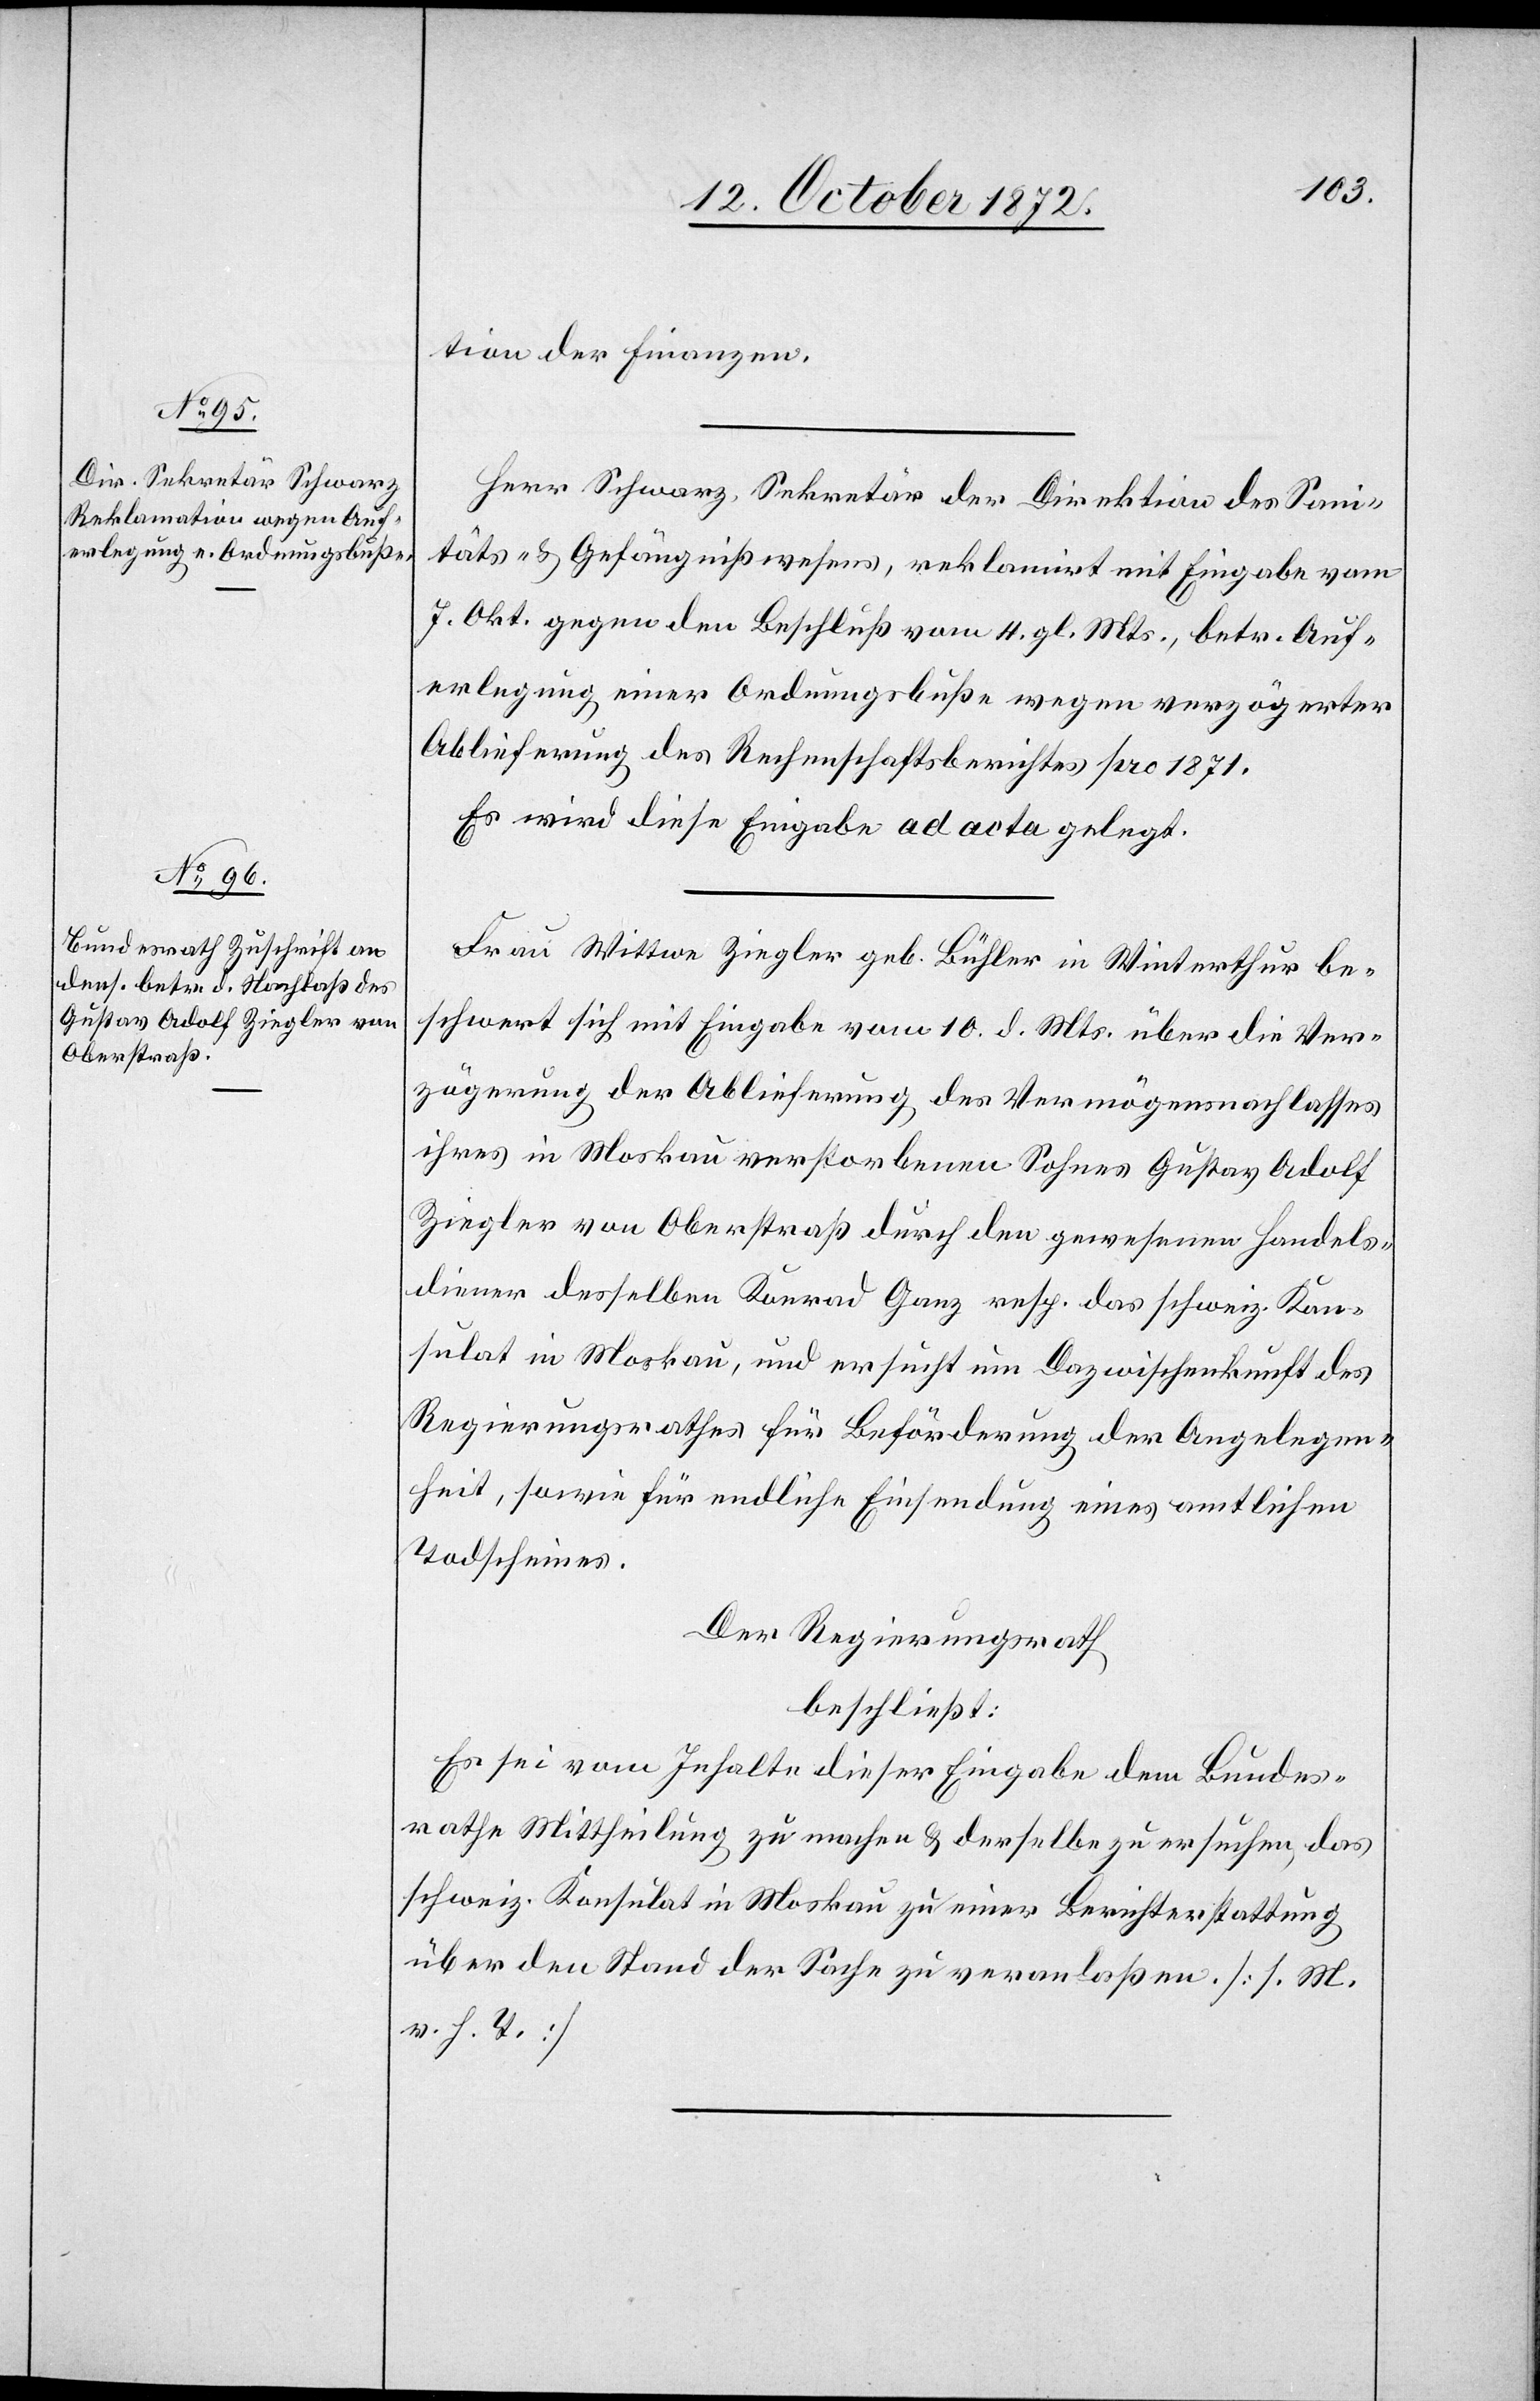
tion der Finanzen.
Herr Schwarz, Sekretär der Direktion des Sani¬
täts- u. Gefängnißwesens, reklamirt mit Eingabe vom
7. Okt. gegen den Beschluß vom 4. gl. Mts., betr. Auf¬
erlegung einer Ordnungsbuße wegen verzögerter
Ablieferung des Rechenschaftsberichtes pro 1871.
Es wird diese Eingabe ad acta gelegt.
Frau Wittwe Ziegler geb. Bühler in Winterthur be¬
schwert sich mit Eingabe vom 10. d. Mts. über die Ver¬
zögerung der Ablieferung des Vermögensnachlasses
ihres in Moskau verstorbenen Sohnes Gustav Adolf
Ziegler von Oberstraß durch den gewesenen Handels¬
diener desselben Konrad Ganz resp. das schweiz. Kon¬
sulat in Moskau, und ersucht um Dazwischenkunft des
Regierungsrathes für Beförderung der Angelegen¬
heit, sowie für endliche Einsendung eines amtlichen
Todscheines.
Der Regierungsrath
beschließt:
Es sei vom Inhalte dieser Eingabe dem Bundes¬
rathe Mittheilung zu machen u. derselbe zu ersuchen, das
schweiz. Konsulat in Moskau zu einer Berichterstattung
über den Stand der Sache zu veranlaßen. [s. M.
v. h. T.]